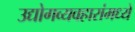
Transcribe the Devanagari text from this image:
उद्योगव्यवहारांमध्ये